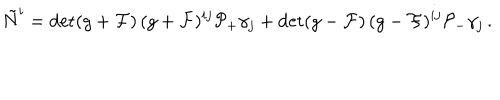
\tilde { N } ^ { i } = \det ( g + { \cal F } ) \, ( g + { \cal F } ) ^ { i j } { \cal P } _ { + } \gamma _ { j } + \det ( g - { \cal F } ) \, ( g - { \cal F } ) ^ { i j } { \cal P } _ { - } \gamma _ { j } \, .